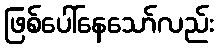
ဖြစ်ပေါ်နေသော်လည်း